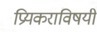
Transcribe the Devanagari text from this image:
प्रियकराविषयी